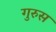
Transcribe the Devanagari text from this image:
गुरुस